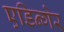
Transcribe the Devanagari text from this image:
एडिन्गेर